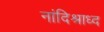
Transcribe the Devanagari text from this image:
नांदिश्राध्द